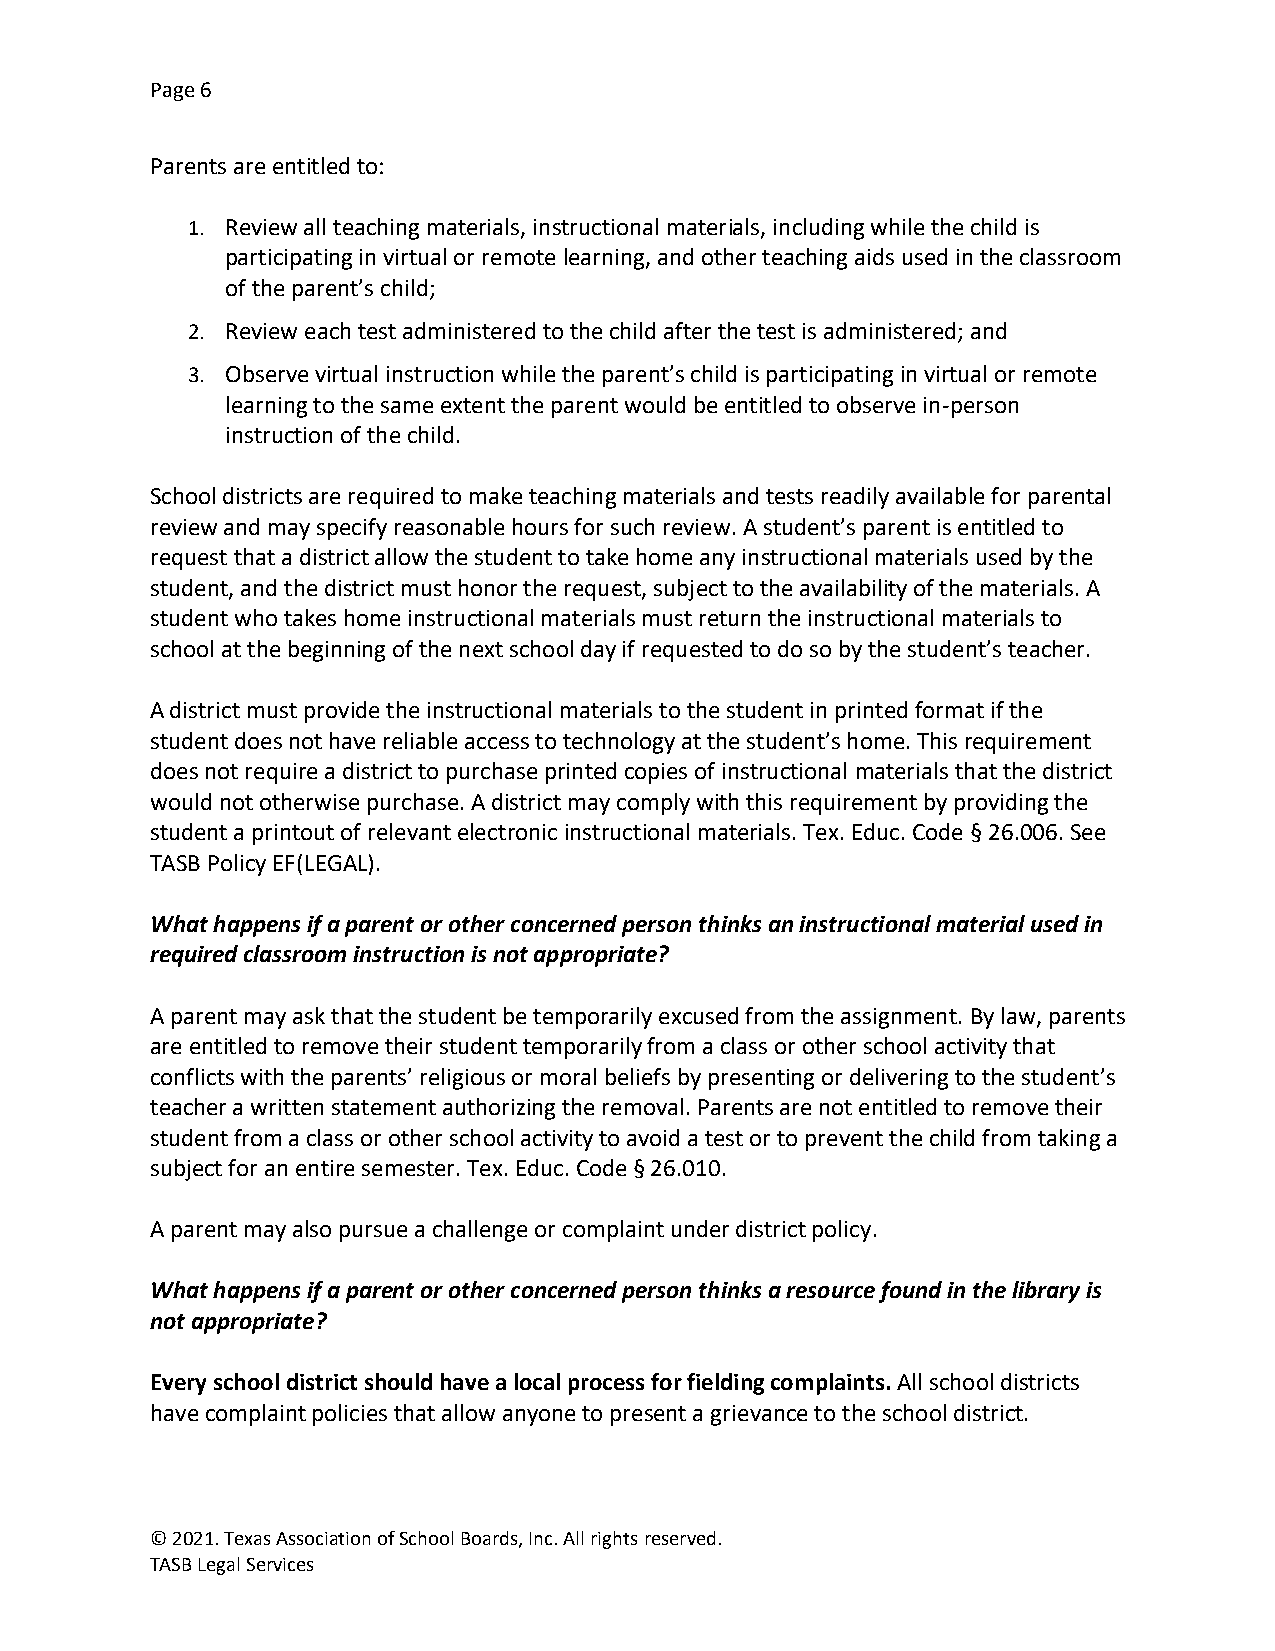
Page 6
 Parents are entitled to:
 1. Review all teaching materials, instructional materials, including while the child is
 participating in virtual or remote learning, and other teaching aids used in the classroom
 of the parent’s child;
 2. Review each test administered to the child after the test is administered; and
 3. Observe virtual instruction while the parent’s child is participating in virtual or remote
 learning to the same extent the parent would be entitled to observe in-person
 instruction of the child.
 School districts are required to make teaching materials and tests readily available for parental
 review and may specify reasonable hours for such review. A student’s parent is entitled to
 request that a district allow the student to take home any instructional materials used by the
 student, and the district must honor the request, subject to the availability of the materials. A
 student who takes home instructional materials must return the instructional materials to
 school at the beginning of the next school day if requested to do so by the student’s teacher.
 A district must provide the instructional materials to the student in printed format if the
 student does not have reliable access to technology at the student’s home. This requirement
 does not require a district to purchase printed copies of instructional materials that the district
 would not otherwise purchase. A district may comply with this requirement by providing the
 student a printout of relevant electronic instructional materials. Tex. Educ. Code § 26.006. See
 TASB Policy EF(LEGAL).
 What happens if a parent or other concerned person thinks an instructional material used in
 required classroom instruction is not appropriate?
 A parent may ask that the student be temporarily excused from the assignment. By law, parents
 are entitled to remove their student temporarily from a class or other school activity that
 conflicts with the parents’ religious or moral beliefs by presenting or delivering to the student’s
 teacher a written statement authorizing the removal. Parents are not entitled to remove their
 student from a class or other school activity to avoid a test or to prevent the child from taking a
 subject for an entire semester. Tex. Educ. Code § 26.010.
 A parent may also pursue a challenge or complaint under district policy.
 What happens if a parent or other concerned person thinks a resource found in the library is
 not appropriate?
 Every school district should have a local process for fielding complaints. All school districts
 have complaint policies that allow anyone to present a grievance to the school district.
 © 2021. Texas Association of School Boards, Inc. All rights reserved.
 TASB Legal Services